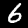
Label: 6